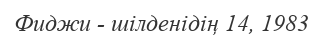
Фиджи - шілденідің 14, 1983